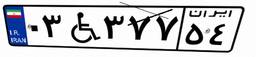
۰۳W۳۷۷۵۴